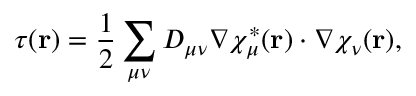
\tau ( \mathbf { r } ) = \frac 1 2 \sum _ { \mu \nu } D _ { \mu \nu } \nabla \chi _ { \mu } ^ { * } ( \mathbf { r } ) \cdot \nabla \chi _ { \nu } ^ { } ( \mathbf { r } ) ,